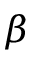
\boldsymbol { \beta }